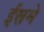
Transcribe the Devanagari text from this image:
ईसमे